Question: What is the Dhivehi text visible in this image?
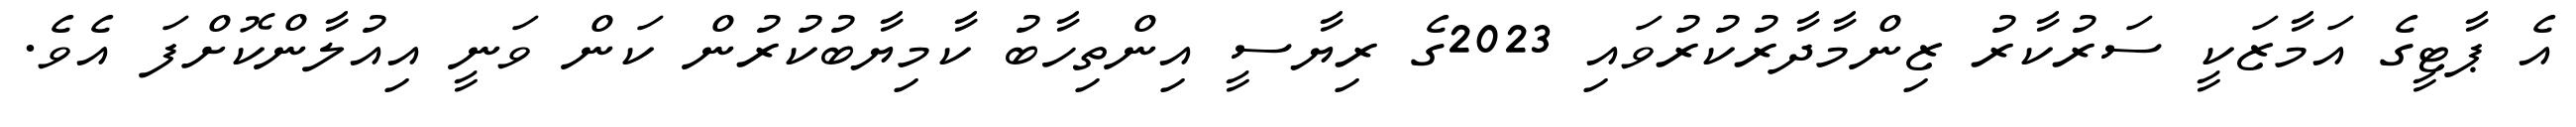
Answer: އެ ޕާޓީގެ އަމާޒަކީ ސަރުކާރު ޒިންމާދާރުކުރުވައި 2023ގެ ރިޔާސީ އިންތިހާބު ކާމިޔާބުކުރުން ކަން ވަނީ އިއުލާންކޮށްފަ އެވެ.